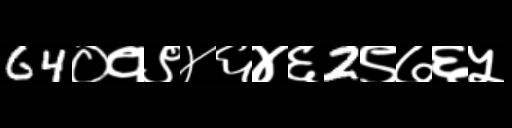
Text: 64०१९४६४६2९७६५